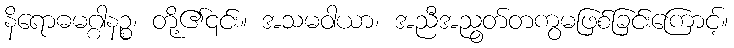
နိရောဓမဂ္ဂါနဉ္စ၊ တို့၏၎င်း။ အသမဝါယာ၊ အညီအညွတ်တကွမဖြစ်ခြင်းကြောင့်။